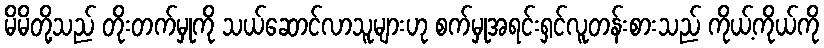
မိမိတို့သည် တိုးတက်မှုကို သယ်ဆောင်လာသူများဟု စက်မှုအရင်းရှင်လူတန်းစားသည် ကိုယ့်ကိုယ်ကို